Trukikaitis_Postimees, lk 13
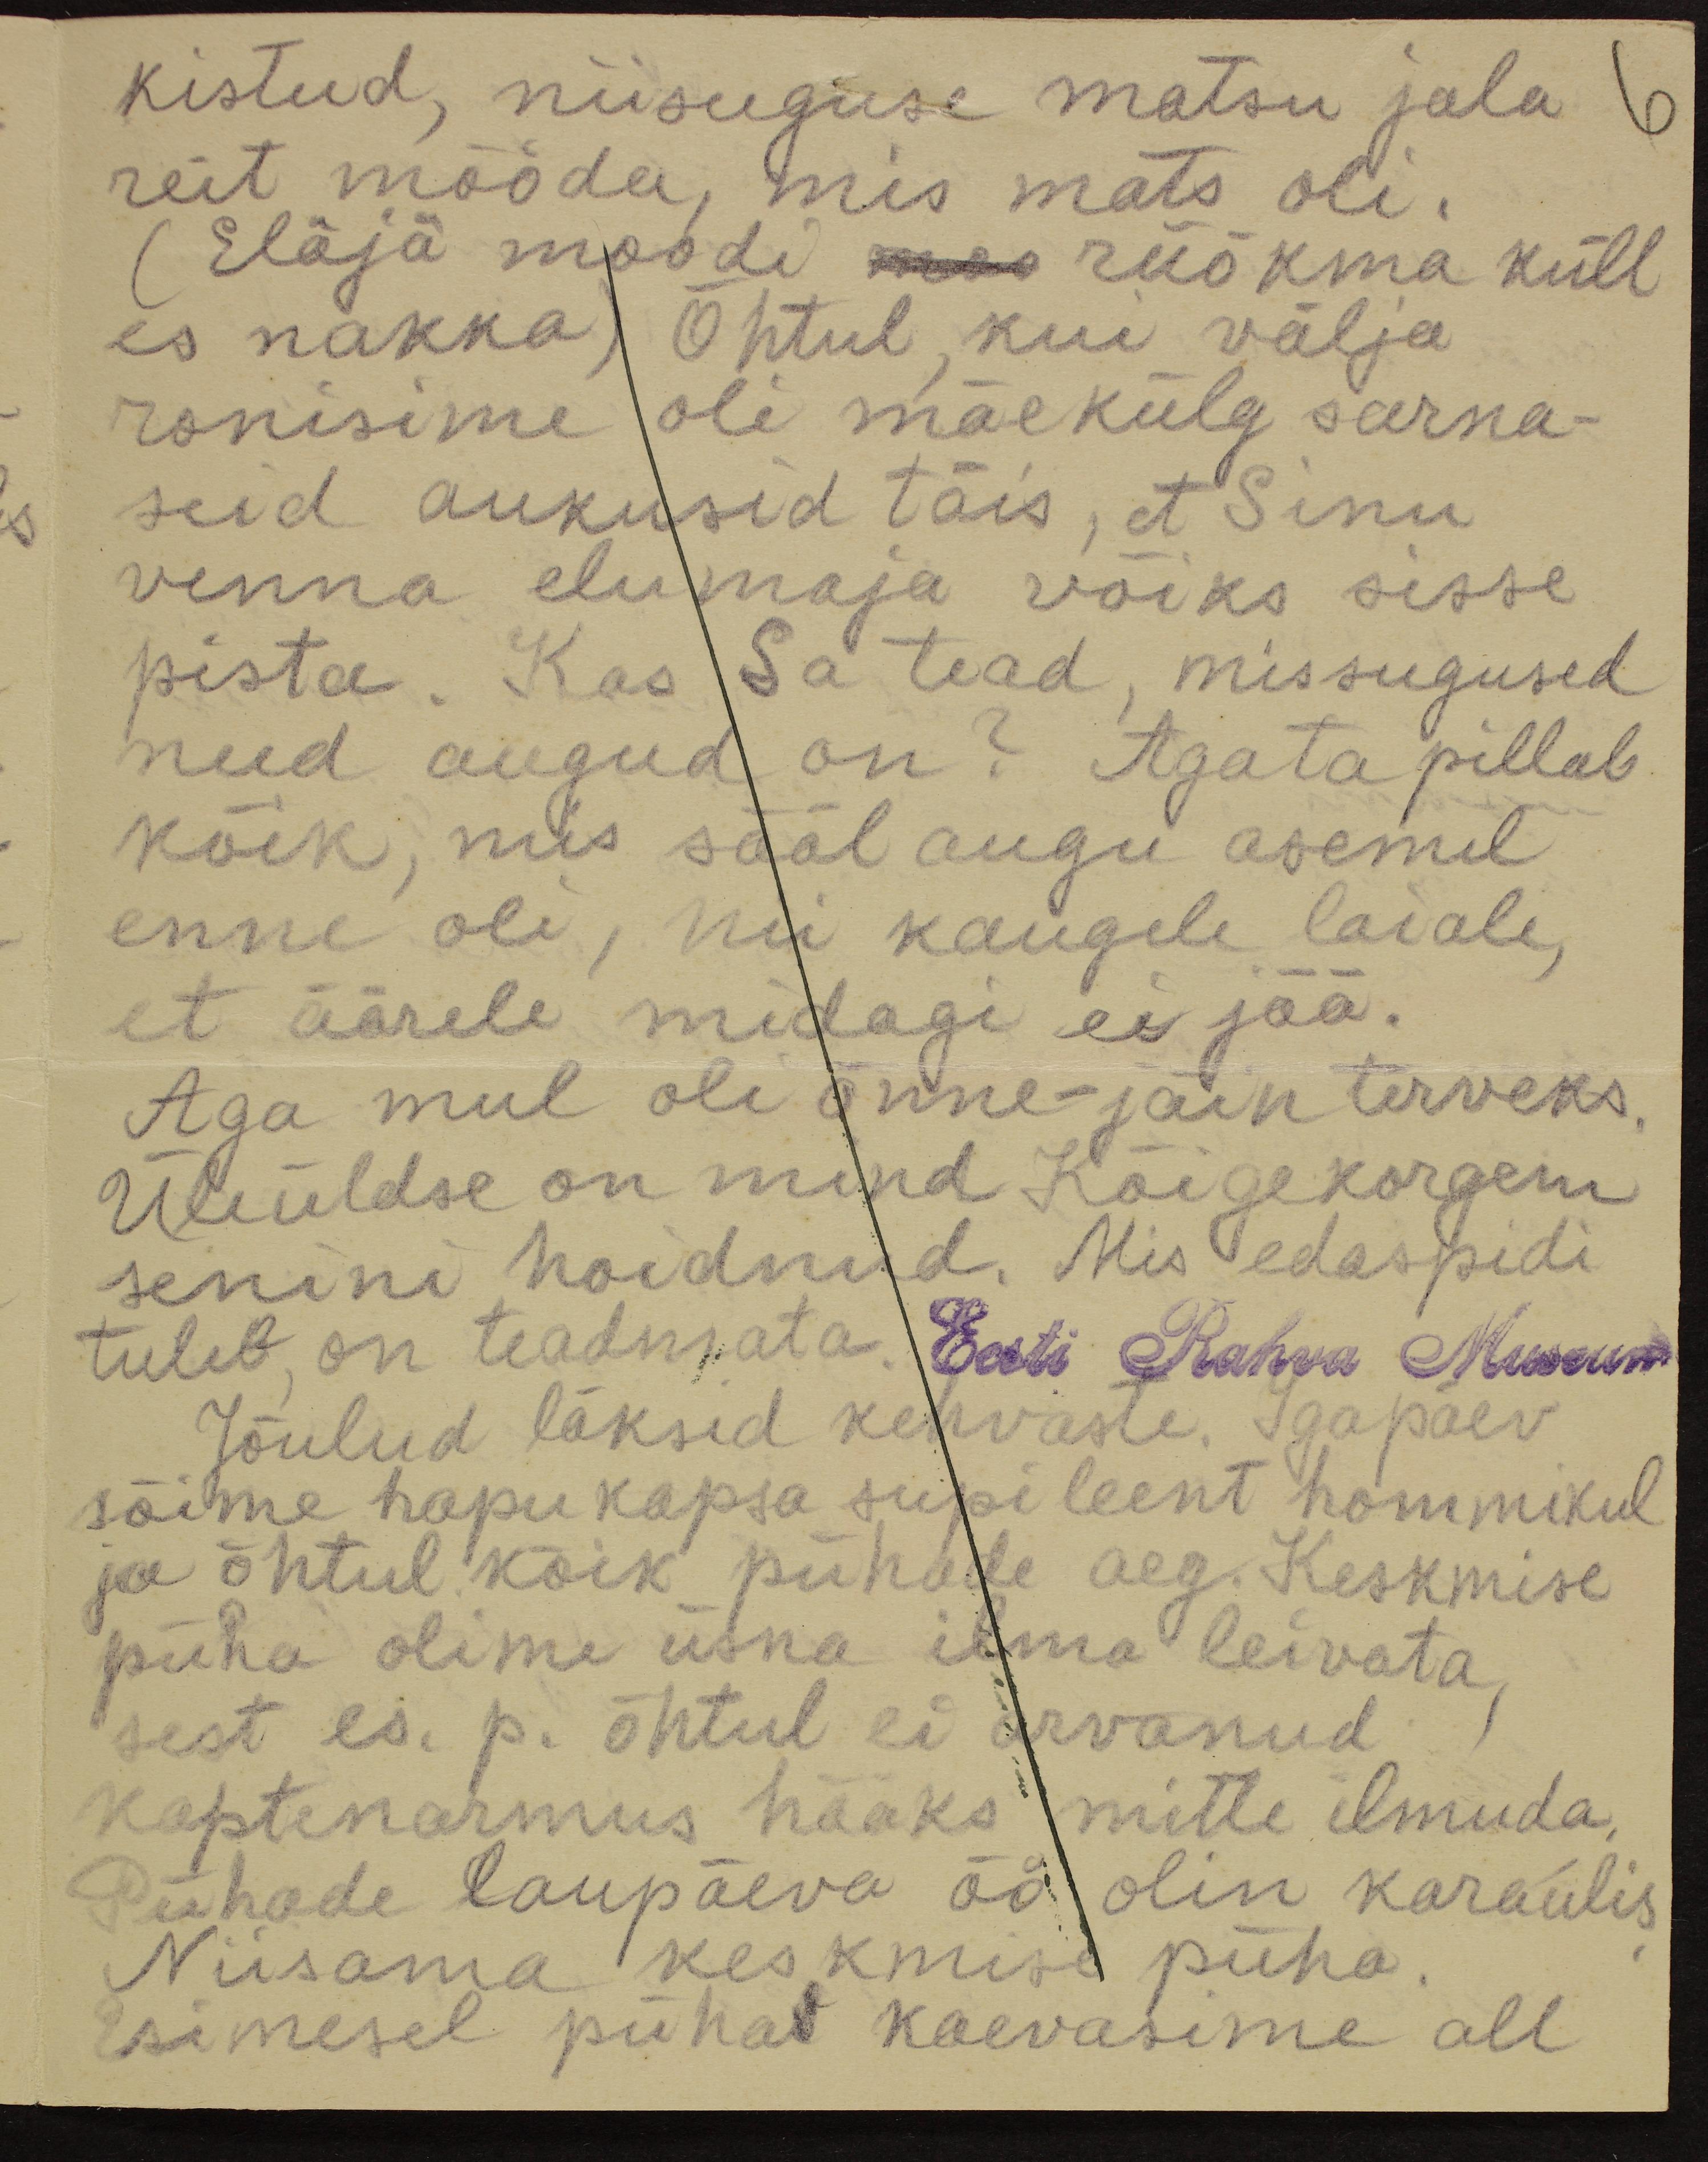
kistud, niisuguse matsu jala
reit mööda, mis mats oli.
(Eläjä moodi mes rüökma küll
es nakka) Õhtul, kui välja
ronisime oli mäekülg sarna-
seid aukusid täis, et Sinu
venna elumaja võiks sisse
pista. Kas Sa tead, missugused
need augud on? Aga ta pillab
kõik, mis sääl augu asemel
enne oli, kui kaugele laiale,
et äärele midagi ei jää.
Aga mul oli õnne – jäin terveks.
Üleüldse on mind Kõigekorgem
senini hoidnud. Mis edaspidi
tuleb, on teadmata.
Eesti Rahva Museum
Jõulud läksid kehvaste. Igapäev
sõime hapu kapsa supi leent hommikul
ja õhtul kõik pühade aeg. Keskmise
püha olime üsna ilma leivata
sest es. p. õhtul ei arvanud
kaptenarmus hääks mitte ilmuda.
Pühade laupäeva öö olin karaulis,
Niisama keskmisi püha.
Esimesel pühal kaevasime all